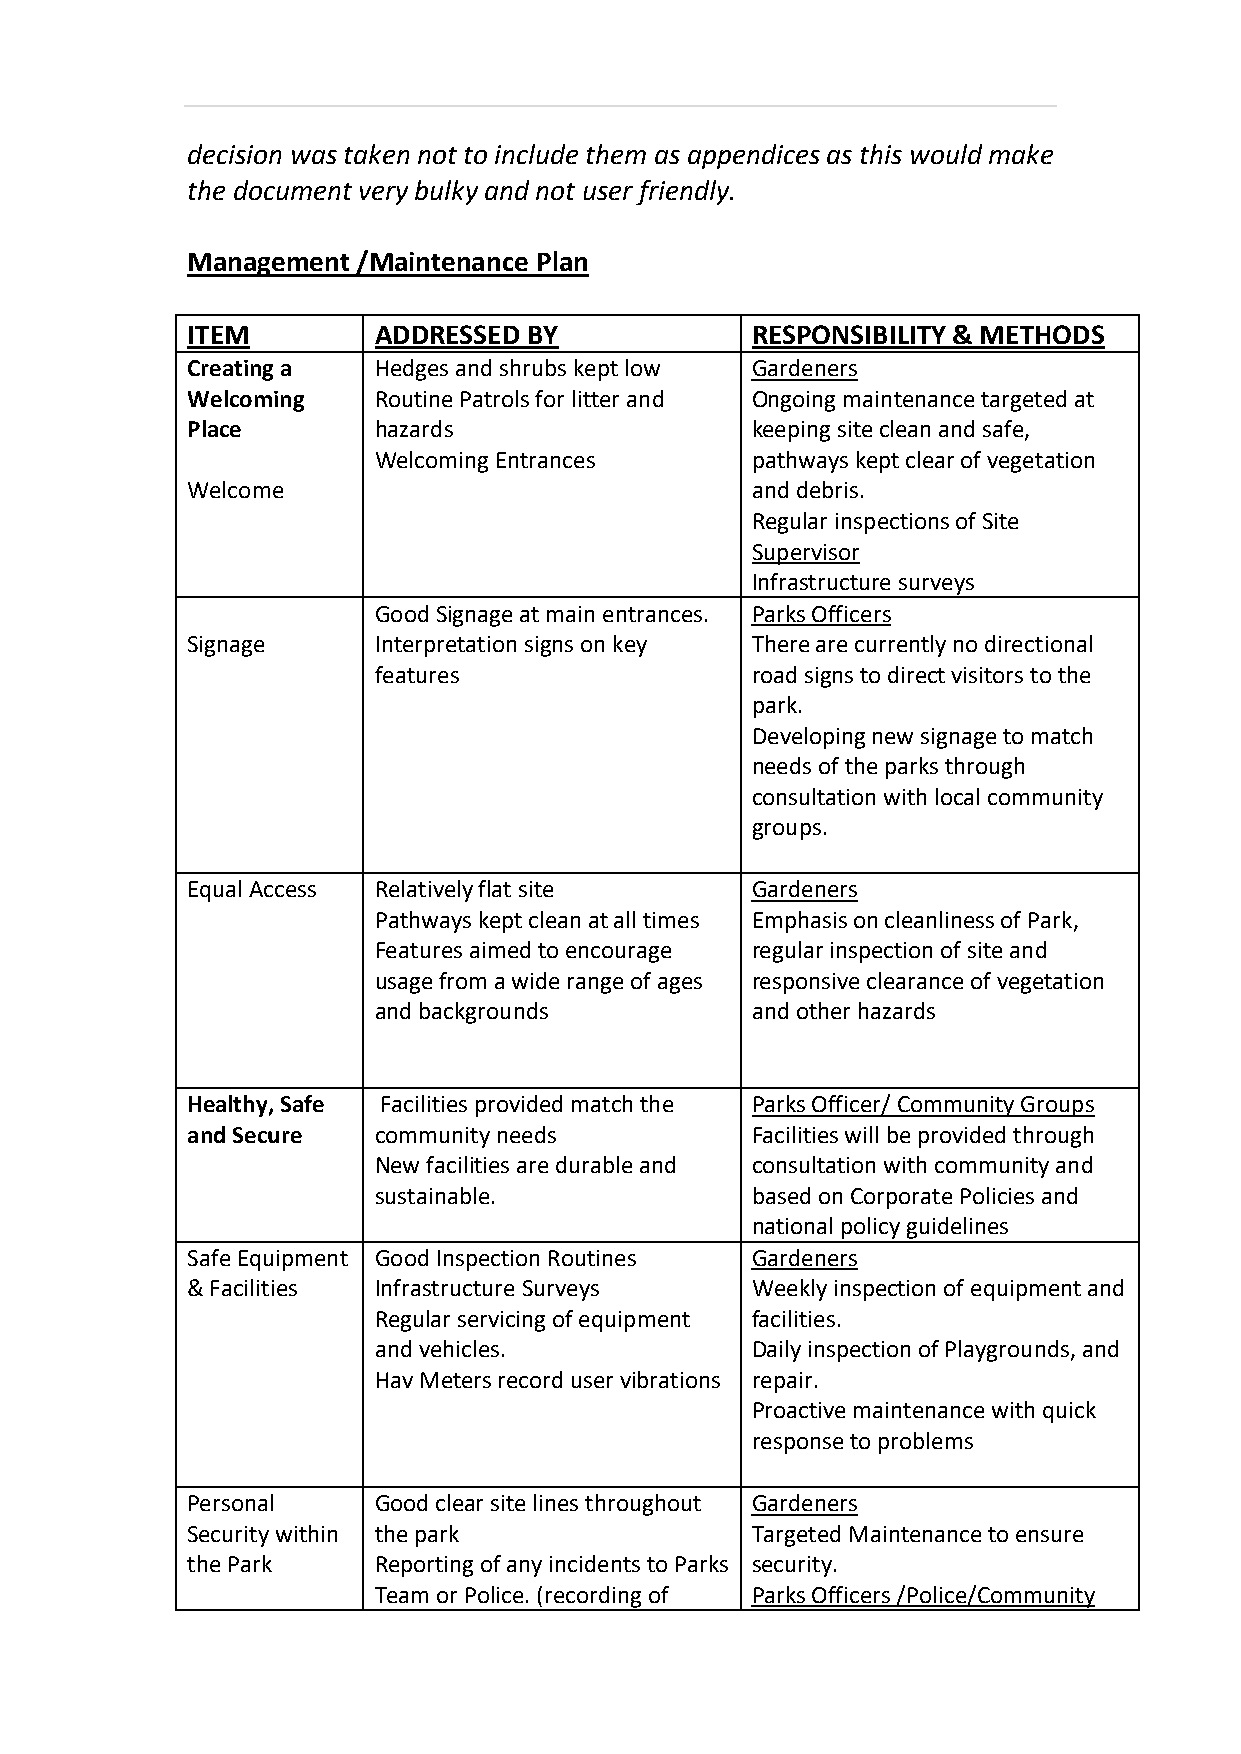
decision was taken not to include them as appendices as this would make
 the document very bulky and not user friendly.
 Management  /Maintenance Plan
 ITEM         ADDRESSED BY             RESPONSIBILITY & METHODS
 Creating a   Hedges and shrubs kept low Gardeners
 Welcoming    Routine Patrols for litter and Ongoing maintenance targeted at
 Place        hazards                  keeping site clean and safe,
 Welcoming Entrances      pathways kept clear of vegetation
 Welcome                               and debris.
 Regular inspections of Site
 Supervisor
 Infrastructure surveys
 Good Signage at main entrances. Parks Officers
 Signage      Interpretation signs on key There are currently no directional
 features                 road signs to direct visitors to the
 park.
 Developing new signage to match
 needs of the parks through
 consultation with local community
 groups.
 Equal Access Relatively flat site     Gardeners
 Pathways kept clean at all times Emphasis on cleanliness of Park,
 Features aimed to encourage regular inspection of site and
 usage from a wide range of ages responsive clearance of vegetation
 and backgrounds          and other hazards
 Healthy, Safe Facilities provided match the Parks Officer/ Community Groups
 and Secure   community needs          Facilities will be provided through
 New facilities are durable and consultation with community and
 sustainable.             based on Corporate Policies and
 national policy guidelines
 Safe Equipment Good Inspection Routines Gardeners
 & Facilities Infrastructure Surveys   Weekly inspection of equipment and
 Regular servicing of equipment facilities.
 and vehicles.            Daily inspection of Playgrounds, and
 Hav Meters record user vibrations repair.
 Proactive maintenance with quick
 response to problems
 Personal     Good clear site lines throughout Gardeners
 Security within the park              Targeted Maintenance to ensure
 the Park     Reporting of any incidents to Parks security.
 Team or Police. (recording of Parks Officers /Police/Community